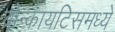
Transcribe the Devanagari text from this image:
ब्रोन्कायटिसमध्ये